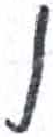
אות: ו